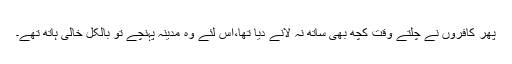
پھر کافروں نے چلتے وقت کچھ بھی ساتھ نہ لانے دیا تھا،اس لئے وہ مدینہ پہنچے تو بالکل خالی ہاتھ تھے۔